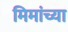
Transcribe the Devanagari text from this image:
मिमांच्या